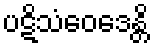
ပဋိသံဝေဒေန္တိ